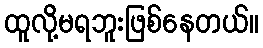
ထူလို့မရဘူးဖြစ်နေတယ်။